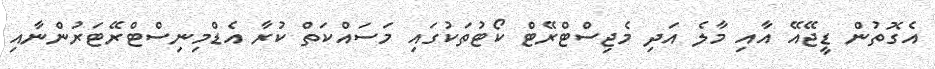
އެގޮތުން ޑީޖޭއޭ އާއި މާލެ އަދި މެޖިސްޓްރޭޓް ކޯޓުތަކުގައި މަސައްކަތް ކުރާ އެޑްމިނިސްޓްރޭޓަރުންނާއި